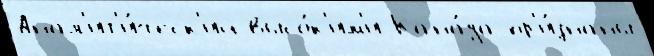
Анал'ит'и́ческ'ий высо́к'им'и Кана́да пр'и́знаны